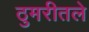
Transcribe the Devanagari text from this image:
ठुमरीतले